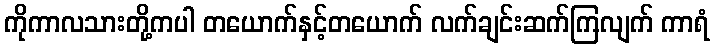
ကိုကာလသားတို့ကပါ တယောက်နှင့်တယောက် လက်ချင်းဆက်ကြလျက် ကာရံ